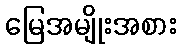
မြေအမျိုးအစား